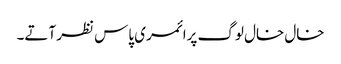
خال خال لوگ پرائمری پاس نظر آتے۔